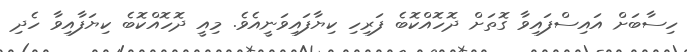
ހިސާބަށް އައިސްފައިވާ ގޮތަށް ދޮހޮއްކޮބެ ފަރިހި ކިޔާފައިވަނީއެވެ. މިއީ ދޮހޮއްކޮބެ ކިޔަފާއިވާ ހެދި